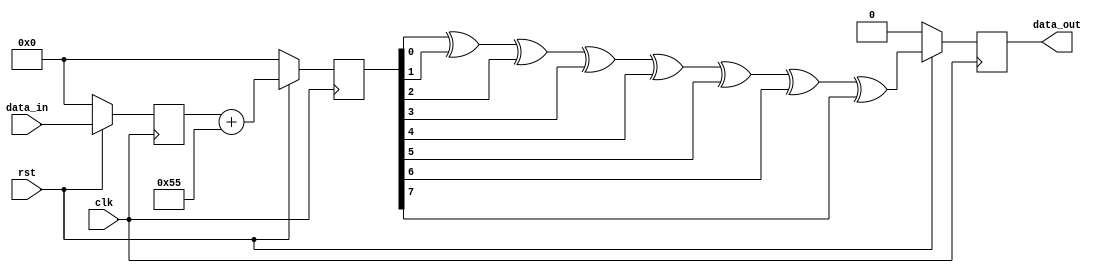
module rtl_two(clk,rst,data_in,data_out);
input clk,rst;
input [7:0]data_in;
output data_out;

reg [7:0]flop1,flop2;
reg flop3;
wire [7:0]addi;
wire x_pd;

assign addi = flop1 + 8'h55;
assign x_pd = flop2[0]^flop2[1]^flop2[2]^flop2[3]^flop2[4]^flop2[5]^flop2[6]^flop2[7];

always @(posedge clk) begin
    if (!rst) begin
        flop1 <= 8'd0;
        flop2 <= 8'd0;
        flop3 <= 1'b0;
    end
    else begin
        flop1 <= data_in;
        flop2 <= addi;
        flop3 <= x_pd;
    end
end

assign data_out = flop3; 

endmodule